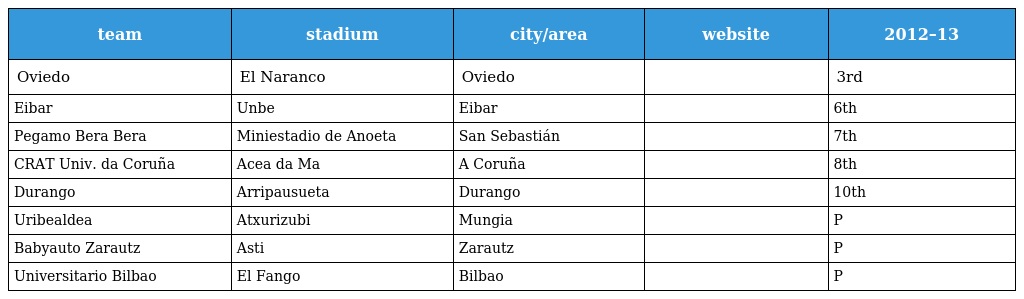
| team | stadium | city/area | website | 2012–13 |
 | --- | --- | --- | --- | --- |
 | Oviedo | El Naranco | Oviedo |  | 3rd |
 | Eibar | Unbe | Eibar |  | 6th |
 | Pegamo Bera Bera | Miniestadio de Anoeta | San Sebastián |  | 7th |
 | CRAT Univ. da Coruña | Acea da Ma | A Coruña |  | 8th |
 | Durango | Arripausueta | Durango |  | 10th |
 | Uribealdea | Atxurizubi | Mungia |  | P |
 | Babyauto Zarautz | Asti | Zarautz |  | P |
 | Universitario Bilbao | El Fango | Bilbao |  | P |